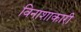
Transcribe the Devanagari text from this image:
विनाशाकारी